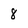
Character: 8